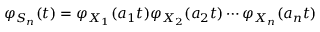
\varphi _ { S _ { n } } ( t ) = \varphi _ { X _ { 1 } } ( a _ { 1 } t ) \varphi _ { X _ { 2 } } ( a _ { 2 } t ) \cdots \varphi _ { X _ { n } } ( a _ { n } t ) \,